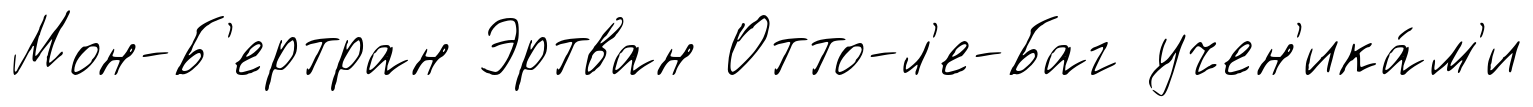
Мон-Б'ертран Эртван Отто-л'е-Баг учен'ика́м'и